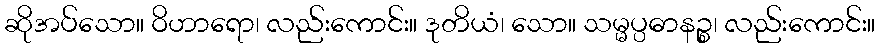
ဆိုအပ်သော။ ဝိဟာရော၊ လည်းကောင်း။ ဒုတိယံ၊ သော။ သမ္မပ္ပဓာနဉ္စ၊ လည်းကောင်း။